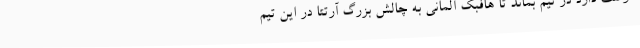
دوست دارد در تیم بماند تا هافبک آلمانی به چالش بزرگ آرتتا در این تیم